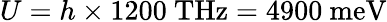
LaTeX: U=h\times 1200~\mathrm{THz}=4900~\mathrm{meV}